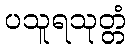
ပသူရသုတ္တံ